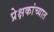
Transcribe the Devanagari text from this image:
प्रेक्षकांच्यात